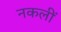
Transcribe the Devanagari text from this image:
नकलीं